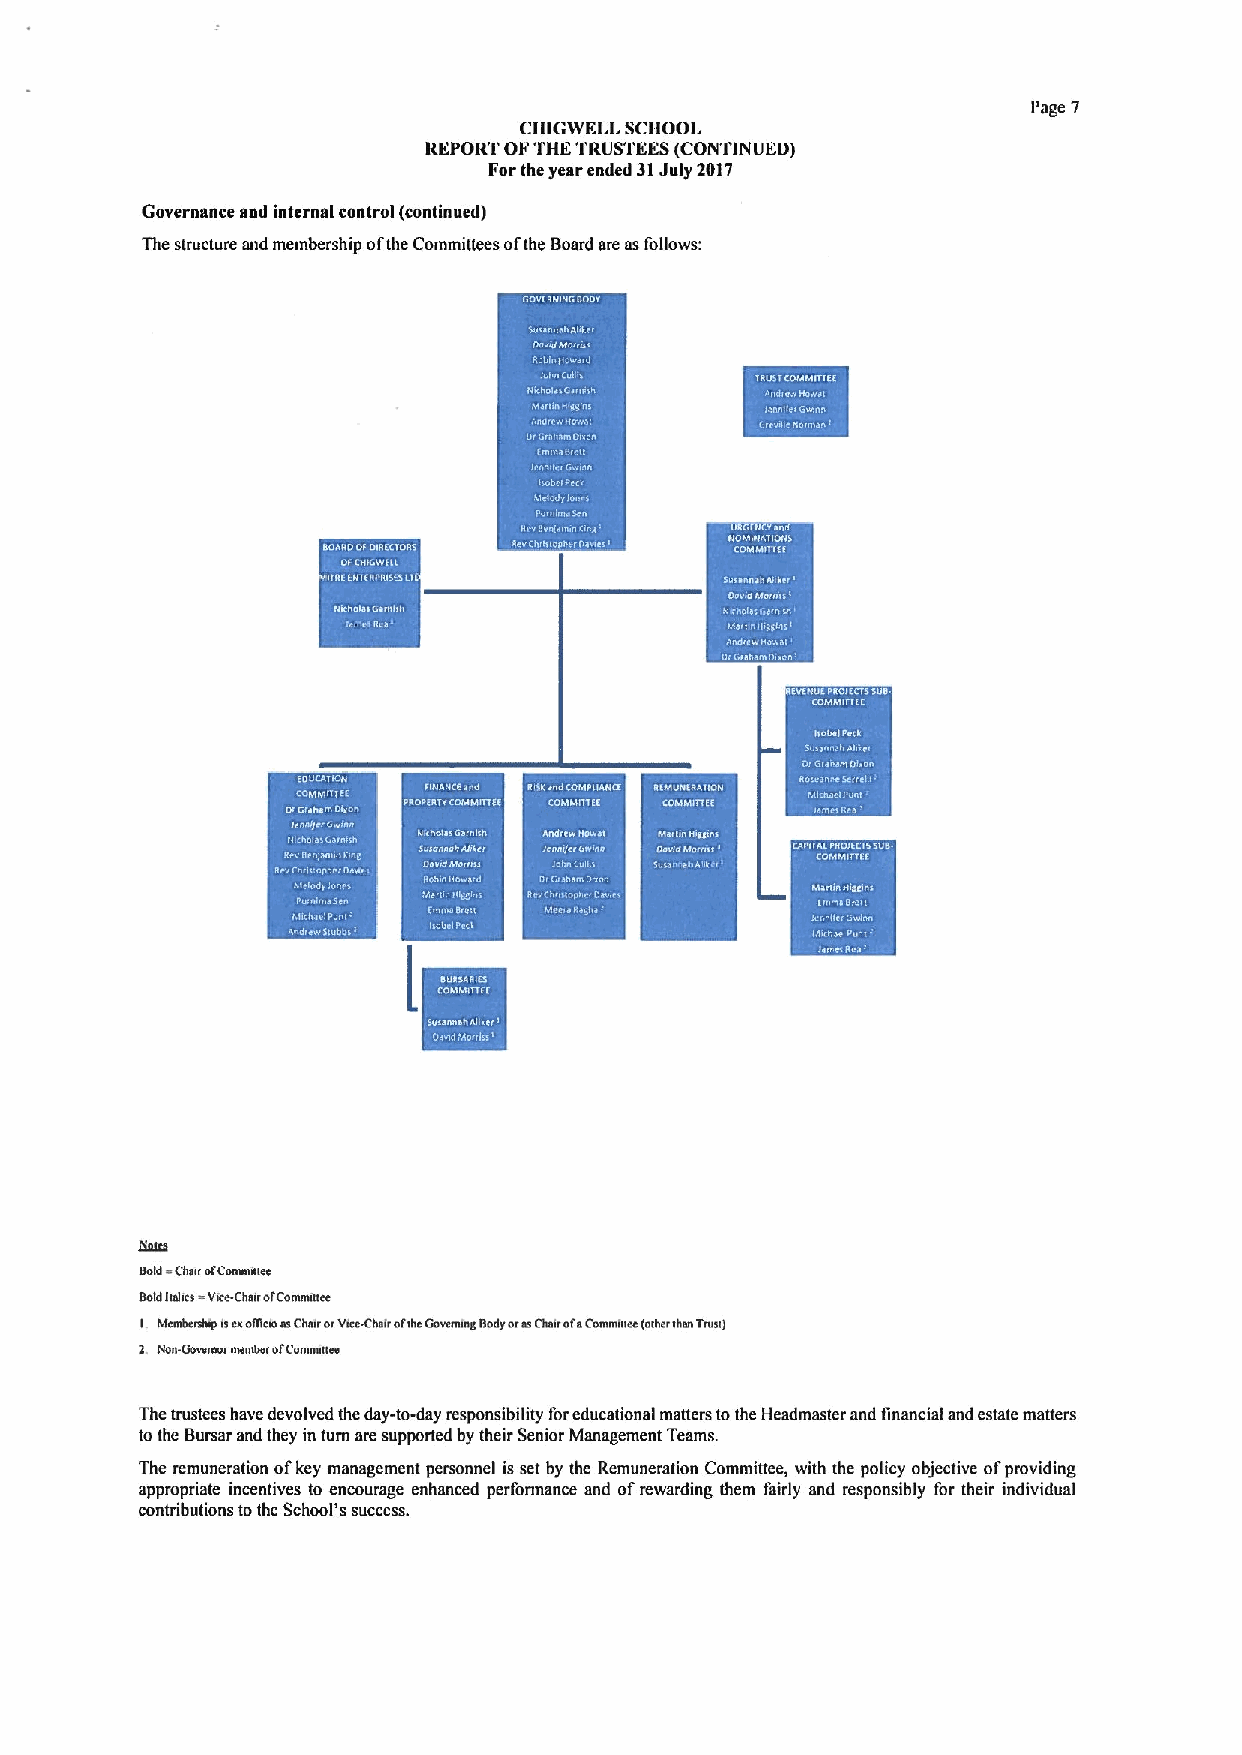
Page 7
 CHtGWELL SCHOOL
 REPORT OFTHETRUSTEES(CONTINUED)
 Forthe year ended 31July 2017
 Governance and internal control (continued)
 The structure and membership ofthe Committees ofthe Board are asfollows:
 lg
 Bold Cha fC* mee
 aoldltelics vise-chstrofcommittce
 I. hfemhemhtp nenoaicmasCharorVtceChairoftheGocemtnd BodyorasChroia Comminee lather than crest)
 2. NaIGemma eterne refC tr
 The trustees have devolved the day-to-day responsibility foreducational matters tothe Headmaster and financial and estate matters
 to the Bursar and they in turn are supported by their Senior Management Teams.
 The remuneration ofkey management personnel is set by the Remuneration Committee, with the policy objective ofproviding
 appropriate incentives to encourage enhanced perfonnance and ofrewarding them fairly and responsibly for their individual
 contributions tothe School's success.